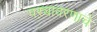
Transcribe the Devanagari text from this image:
पऱ्यावरणाचे